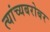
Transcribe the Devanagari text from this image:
त्यांच्यबरोबर